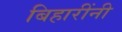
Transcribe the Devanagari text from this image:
बिहारींनी